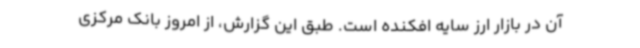
آن در بازار ارز سایه افکنده است. طبق این گزارش، از امروز بانک مرکزی